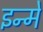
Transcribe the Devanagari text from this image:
इन्‍में